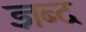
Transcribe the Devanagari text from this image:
ज्ञब्द